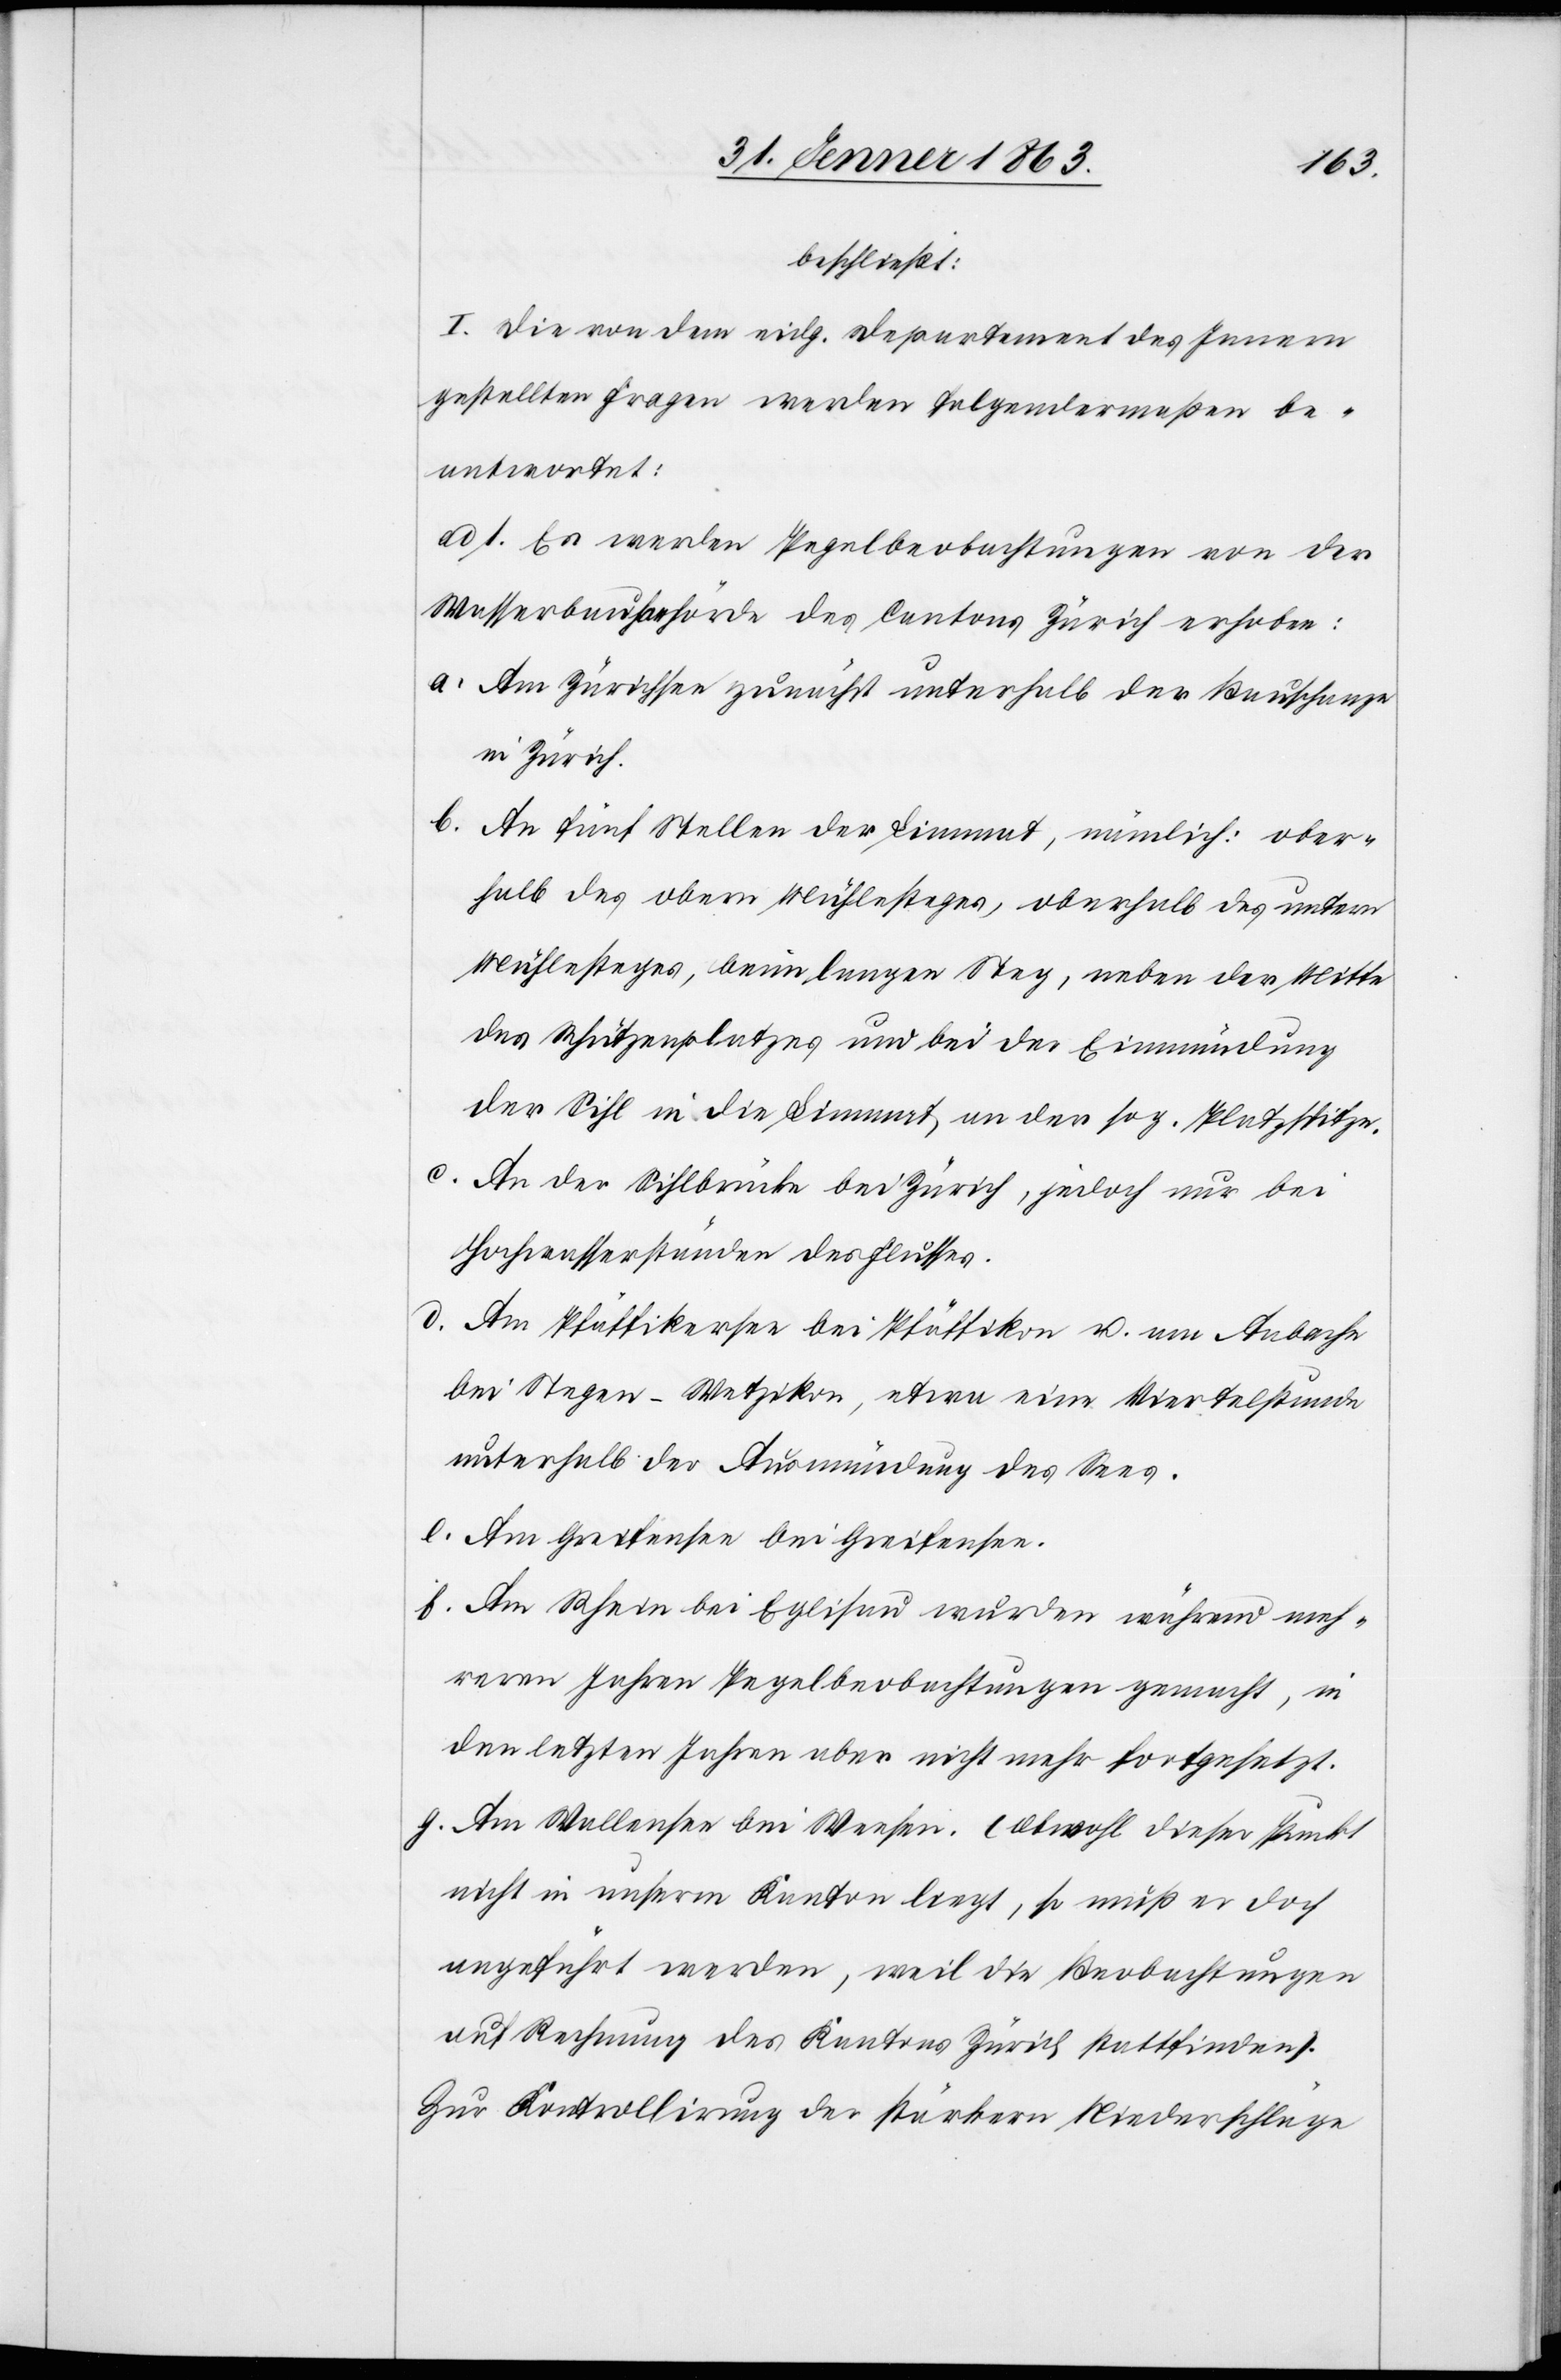
beschließt:
I. Die von dem eidg. Departement des Innern
gestellten Fragen werden folgendermaßen be¬
antwortet:
ad 1. Es werden Pegelbeobachtungen von der
Wasserbaubehörde des Cantons Zürich erhoben:
a. Am Zürichsee zunächst unterhalb der Bauschanze
in Zürich.
b. An fünf Stellen der Limmat, nämlich: ober¬
halb des obern Mühlesteges, oberhalb des untern
Mühlesteges, beim langen Steg, neben der Mitte
des Schützenplatzes und bei der Einmündung
der Sihl in die Limmat an der sog. Platzspitze.
c. An der Sihlbrücke bei Zürich, jedoch nur bei
Hochwasserständen des Flusses.
d. Am Pfäffikersee bei Pfäffikon u. am Aabache
bei Stegen – Wetzikon, etwa eine Viertelstunde
unterhalb der Ausmündung des Sees.
e. Am Greifensee bei Greifensee.
f. Am Rhein bei Eglisau wurden während meh¬
reren Jahren Pegelbeobachtungen gemacht, in
den letzten Jahren aber nicht mehr fortgesetzt.
g. Am Wallensee bei Weesen. (Obwohl dieser Punkt
nicht in unserm Kanton liegt, so muß er doch
angeführt werden, weil die Beobachtungen
auf Rechnung des Kantons Zürich stattfinden).
Zur Kontrollirung der stärkern Niederschläge